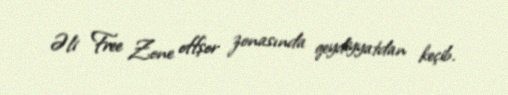
Əli Free Zone offşor zonasında qeydiyyatdan keçib.